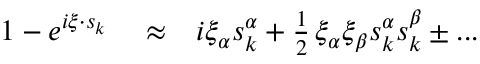
\begin{array} { r l r } { 1 - e ^ { i \xi \cdot s _ { k } } } & { { } \approx } & { i \xi _ { \alpha } s _ { k } ^ { \alpha } + \frac { 1 } { 2 } \, \xi _ { \alpha } \xi _ { \beta } s _ { k } ^ { \alpha } s _ { k } ^ { \beta } \pm . . . } \end{array}